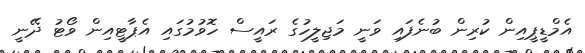
އެމްޑީޕީއިން ކުރިން ބުނެފައި ވަނީ މަޖިލީހުގެ ރައީސް ހޮވުމުގައި އެޕާޓީއިން ވޯޓު ދޭނީ